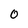
Character: 0